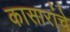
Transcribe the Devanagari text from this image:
कासारांचे